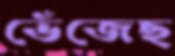
ভেঁজেছ